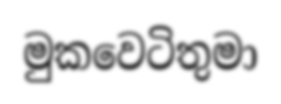
මුකවෙටිතුමා